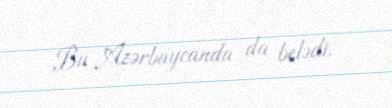
Bu Azərbaycanda da belədi.